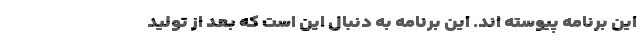
این برنامه پیوسته اند. این برنامه به دنبال این است که بعد از تولید